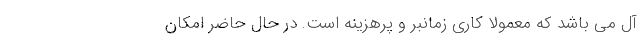
آل می باشد که معمولاً کاری زمانبر و پرهزینه است. در حال حاضر امکان